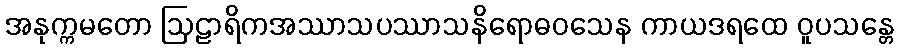
အနုက္ကမတော ဩဠာရိကအဿာသပဿာသနိရောဓဝသေန ကာယဒရထေ ဝူပသန္တေ